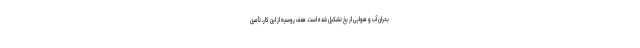
بحران آب و هوایی از یخ تشکیل شده است. هدف روسیه از این کار، تأمین